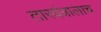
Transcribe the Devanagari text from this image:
तारयंत्रालाच